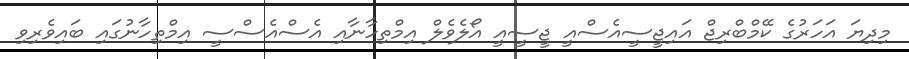
މިދިޔަ އަހަރުގެ ކޭމްބްރިޖް އައިޖީސީއެސްއީ ޖީސީއީ އޯލެވެލް އިމްތިހާނާއި އެސްއެސްސީ އިމްތިހާނުގައި ބައިވެރިވި